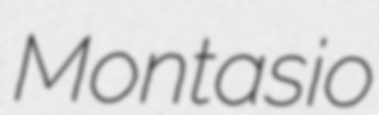
Montasio